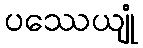
ပဿေယျုံ